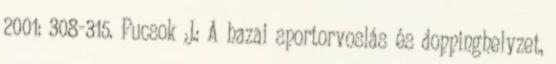
2001: 308-315. Pucsok J.: A hazai sportorvoslás és doppinghelyzet,